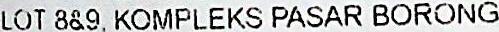
LOT 8&9, KOMPLEKS PASAR BORONG